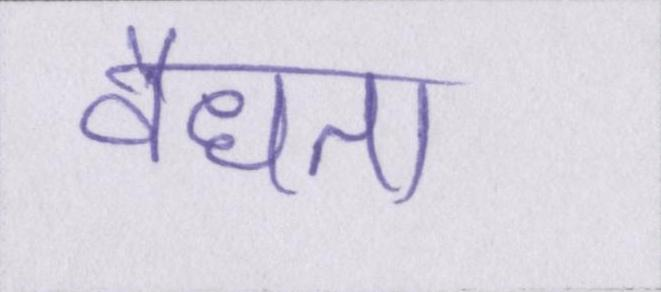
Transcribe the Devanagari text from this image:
वैधता